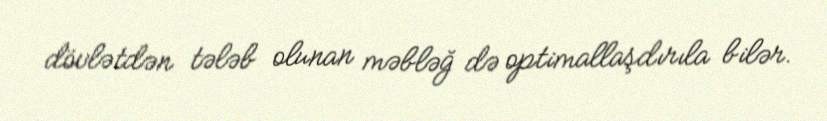
dövlətdən tələb olunan məbləğ də optimallaşdırıla bilər.